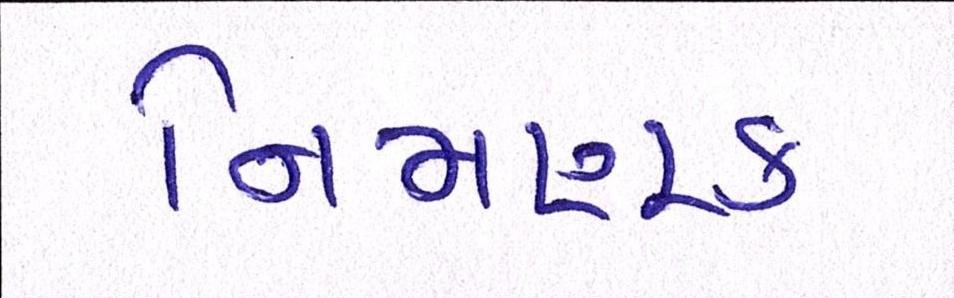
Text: નિમણૂક